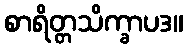
စာရိတ္တသိက္ခာပဒ။